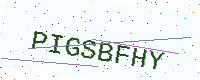
Text: PIGSBFHY